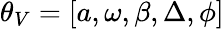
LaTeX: \theta_{V}=[a,\omega,\beta,\Delta,\phi]